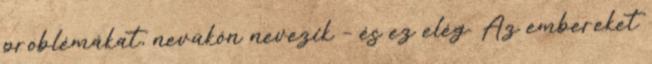
problémákat, nevükön nevezik – és ez elég. Az embereket